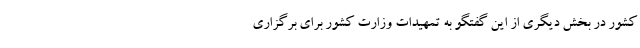
کشور در بخش دیگری از این گفتگو به تمهیدات وزارت کشور برای برگزاری